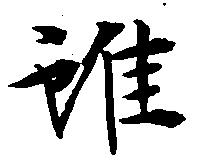
雖